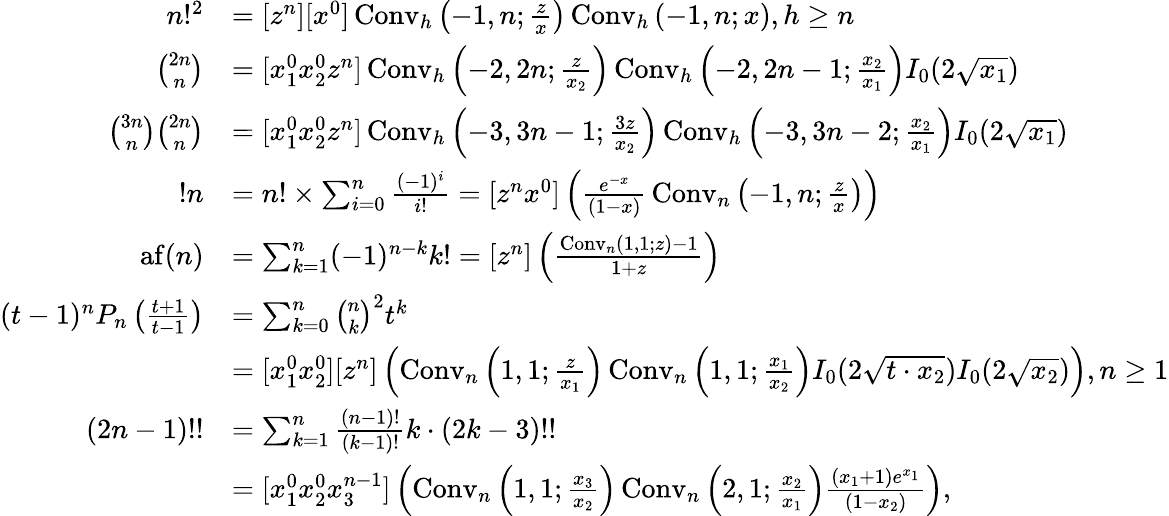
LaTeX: {\begin{array}{rl}{n!^{2}}&{=[z^{n}][x^{0}]\operatorname{Conv}_{h}\left(-1,n;{\frac{z}{x}}\right)\operatorname{Conv}_{h}\left(-1,n;x\right),h\geq n}\\ {{\binom{2n}{n}}}&{=[x_{1}^{0}x_{2}^{0}z^{n}]\operatorname{Conv}_{h}\left(-2,2n;{\frac{z}{x_{2}}}\right)\operatorname{Conv}_{h}\left(-2,2n-1;{\frac{x_{2}}{x_{1}}}\right)I_{0}(2{\sqrt{x_{1}}})}\\ {{\binom{3n}{n}}{\binom{2n}{n}}}&{=[x_{1}^{0}x_{2}^{0}z^{n}]\operatorname{Conv}_{h}\left(-3,3n-1;{\frac{3z}{x_{2}}}\right)\operatorname{Conv}_{h}\left(-3,3n-2;{\frac{x_{2}}{x_{1}}}\right)I_{0}(2{\sqrt{x_{1}}})}\\ {!n}&{=n!\times\sum_{i=0}^{n}{\frac{(-1)^{i}}{i!}}=[z^{n}x^{0}]\left({\frac{e^{-x}}{(1-x)}}\operatorname{Conv}_{n}\left(-1,n;{\frac{z}{x}}\right)\right)}\\ {\operatorname{af}(n)}&{=\sum_{k=1}^{n}(-1)^{n-k}k!=[z^{n}]\left({\frac{\operatorname{Conv}_{n}(1,1;z)-1}{1+z}}\right)}\\ {(t-1)^{n}P_{n}\left({\frac{t+1}{t-1}}\right)}&{=\sum_{k=0}^{n}{\binom{n}{k}}^{2}t^{k}}\\ &{=[x_{1}^{0}x_{2}^{0}][z^{n}]\left(\operatorname{Conv}_{n}\left(1,1;{\frac{z}{x_{1}}}\right)\operatorname{Conv}_{n}\left(1,1;{\frac{x_{1}}{x_{2}}}\right)I_{0}(2{\sqrt{t\cdot x_{2}}})I_{0}(2{\sqrt{x_{2}}})\right),n\geq 1}\\ {(2n-1)!!}&{=\sum_{k=1}^{n}{\frac{(n-1)!}{(k-1)!}}k\cdot(2k-3)!!}\\ &{=[x_{1}^{0}x_{2}^{0}x_{3}^{n-1}]\left(\operatorname{Conv}_{n}\left(1,1;{\frac{x_{3}}{x_{2}}}\right)\operatorname{Conv}_{n}\left(2,1;{\frac{x_{2}}{x_{1}}}\right){\frac{(x_{1}+1)e^{x_{1}}}{(1-x_{2})}}\right),}\end{array}}